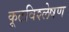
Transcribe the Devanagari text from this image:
कूटविश्लेषण